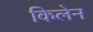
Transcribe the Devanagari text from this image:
किलेन